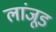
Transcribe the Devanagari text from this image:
लांजूड